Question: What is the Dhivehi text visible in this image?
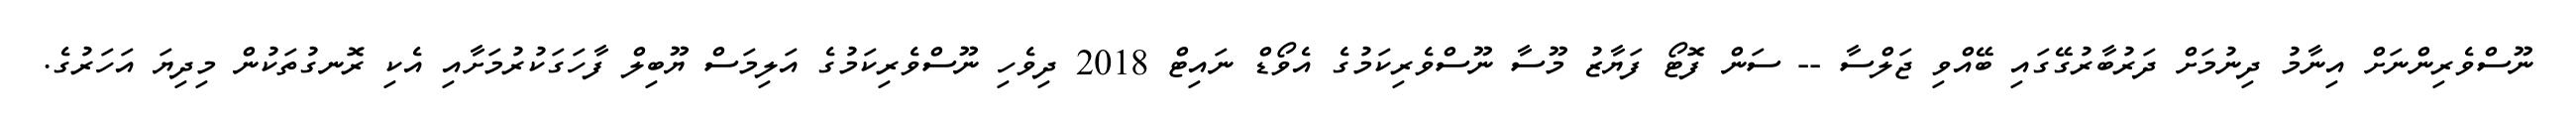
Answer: ނޫސްވެރިންނަށް އިނާމު ދިނުމަށް ދަރުބާރުގޭގައި ބޭއްވި ޖަލްސާ -- ސަން ފޮޓޯ ފަޔާޒު މޫސާ ނޫސްވެރިކަމުގެ އެވޯޑް ނައިޓް 2018 ދިވެހި ނޫސްވެރިކަމުގެ އަލިމަސް ޔޫބިލް ފާހަގަކުރުމަށާއި އެކި ރޮނގުތަކުން މިދިޔަ އަހަރުގެ.